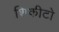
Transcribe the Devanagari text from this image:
शिकीटो